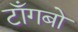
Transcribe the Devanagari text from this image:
टाँगबो